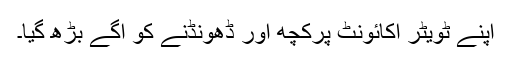
اپنے ٹویٹر اکائونٹ پرکچھ اور ڈھونڈنے کو آگے بڑھ گیا۔